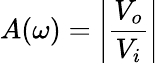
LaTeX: A(\omega)=\left|{\frac{V_{o}}{V_{i}}}\right|